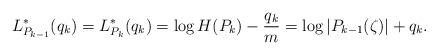
LaTeX: \begin{align*}L_{P_{k-1}}^{\ast}(q_{k})=L_{P_{k}}^{\ast}(q_{k})=\log H(P_{k})-\frac{q_{k}}{m}= \log \vert P_{k-1}(\zeta)\vert + q_{k}.\end{align*}